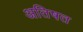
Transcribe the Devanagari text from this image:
अतिषत